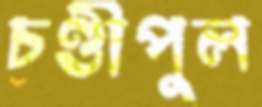
চণ্ডীপুল